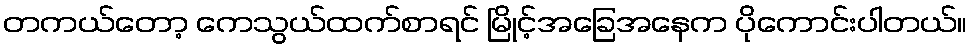
တကယ်တော့ ကေသွယ်ထက်စာရင် မြိုင့်အခြေအနေက ပိုကောင်းပါတယ်။